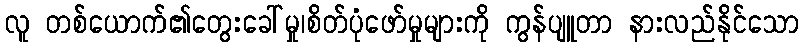
လူ တစ်ယောက်၏တွေးခေါ်မှု၊စိတ်ပုံဖော်မှုများကို ကွန်ပျူတာ နားလည်နိုင်သော